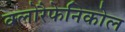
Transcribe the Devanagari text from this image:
क्लोरैफेनिकोल